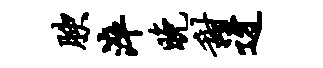
腴淬晚甜迓